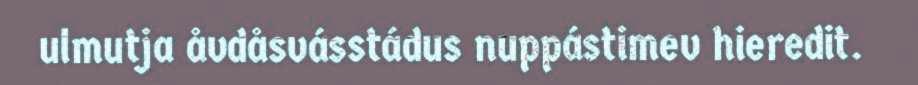
ulmutja åvdåsvásstádus nuppástimev hieredit.